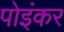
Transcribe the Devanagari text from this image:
पोइंकर